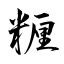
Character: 糎